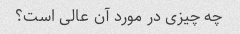
چه چیزی در مورد آن عالی است؟